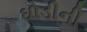
ઘોડીની